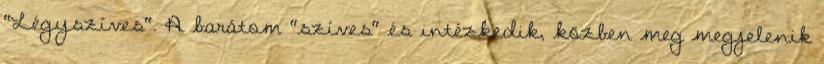
"Légyszíves". A barátom "szíves" és intézkedik, közben meg megjelenik